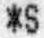
*S